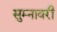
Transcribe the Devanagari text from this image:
सुम्नावरी